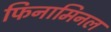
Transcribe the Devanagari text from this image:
फिनामिनल